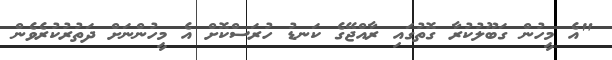
"އެ މީހުން ގަބޫލުކުރާ ގޮތުގައި ރާއްޖޭގެ ކަނޑު ހުރަސްކޮށް އެ މީހުންނަށް ދަތުރުކުރެވެން